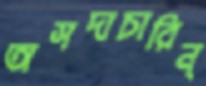
অসদাচারিন্